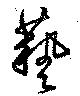
芸